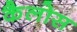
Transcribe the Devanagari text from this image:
कैलोस